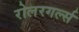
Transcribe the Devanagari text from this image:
रोलरगर्ल्स